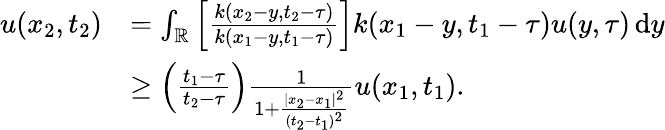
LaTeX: \begin{array}{rl}{u(x_{2},t_{2})}&{=\int_{{\mathbb R}}\left[\frac{k(x_{2}-y,t_{2}-\tau)}{k(x_{1}-y,t_{1}-\tau)}\right]k(x_{1}-y,t_{1}-\tau)u(y,\tau){\, \mathrm{d}}y}\\ &{\geq\left(\frac{t_{1}-\tau}{t_{2}-\tau}\right)\frac{1}{1+\frac{|x_{2}-x_{1}|^{2}}{(t_{2}-t_{1})^{2}}}u(x_{1},t_{1}).}\end{array}